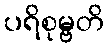
ပရိစုမ္ဗတိ